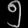
Digit: ၅